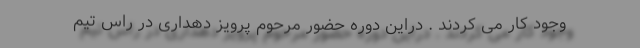
وجود کار می کردند . دراین دوره حضور مرحوم پرویز دهداری در راس تیم